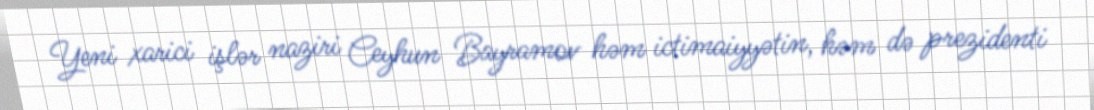
Yeni xarici işlər naziri Ceyhun Bayramov həm ictimaiyyətin, həm də prezidenti